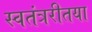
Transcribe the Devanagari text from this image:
स्वतंत्ररीतया